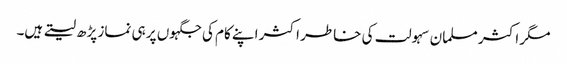
مگر اکثر مسلما ن سہولت کی خاطر اکثر اپنے کام کی جگہوں پر ہی نماز پڑھ لیتے ہیں۔